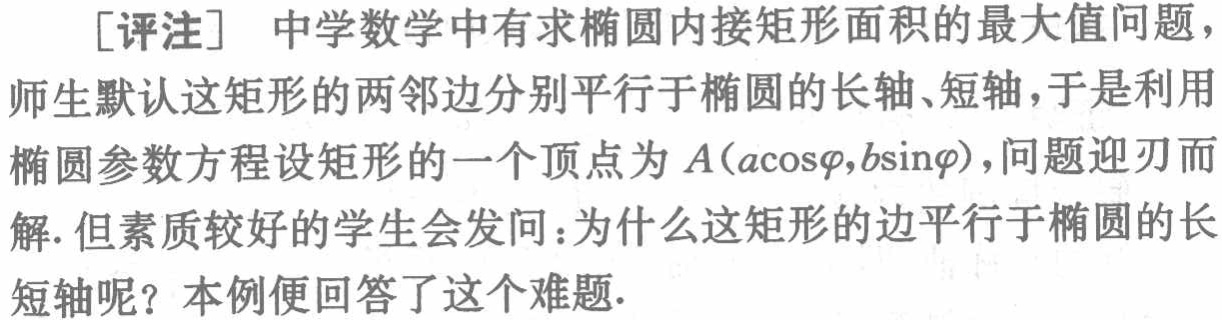
[评注] 中学数学中有求椭圆内接矩形面积的最大值问题，师生默认这矩形的两邻边分别平行于椭圆的长轴、短轴，于是利用椭圆参数方程设矩形的一个顶点为 \(A(a\cos\varphi,b\sin\varphi)\)，问题迎刃而解. 但素质较好的学生会发问：为什么这矩形的边平行于椭圆的长短轴呢？本例便回答了这个难题.